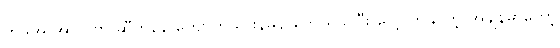
ကမိုအို အာလဗာ ဆီကနေ ကျောက်သားနမူနာတွေ ရယူပြီး လေ့လာနိုင်တဲ့ အချိန်မှာတော့